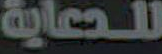
للدعاية